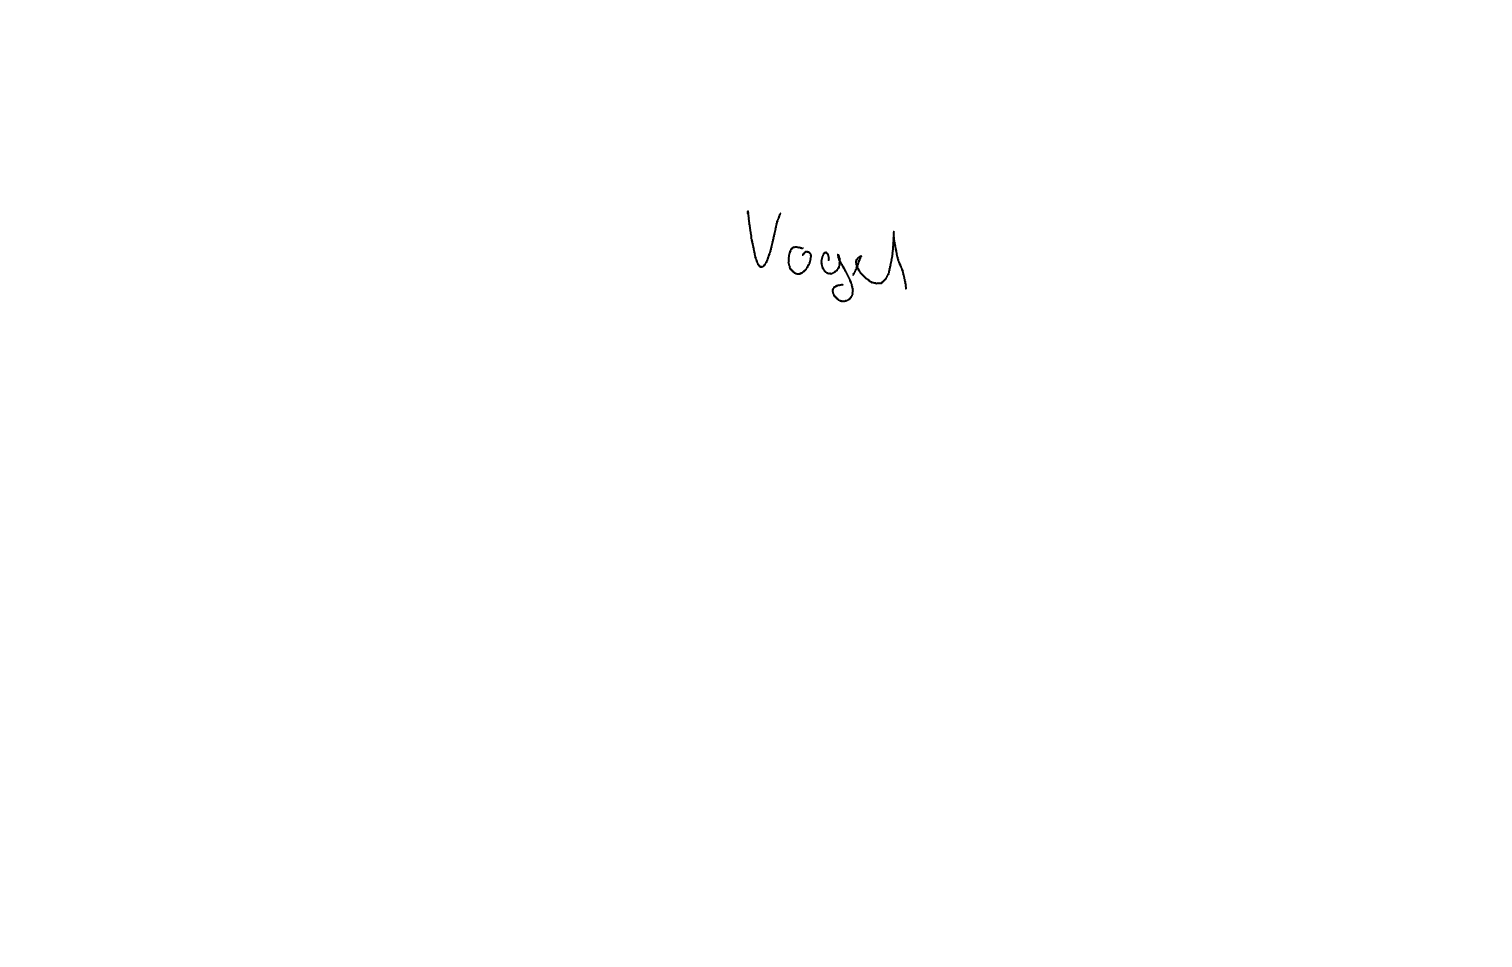
Text: Vogel